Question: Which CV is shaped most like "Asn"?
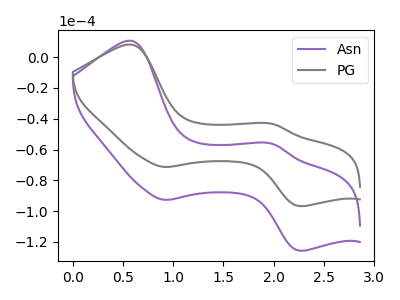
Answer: <think>The purple curve "Asn" has anodic peaks at (0.60V, 10.65uA) (2.00V, -56.40uA) and cathodic peaks at (0.90V, -92.70uA) (2.25V, -125.75uA). The gray curve "PG" has anodic peaks at (0.60V, 8.20uA) (2.00V, -43.40uA) and cathodic peaks at (0.90V, -71.30uA) (2.25V, -96.75uA).
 All the peaks in "Asn" have a peak in "PG" at the same potential.</think>
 <answer>The CV with the most similar shape to "PG" is "Asn".</answer>
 <eval>"Asn"</eval>